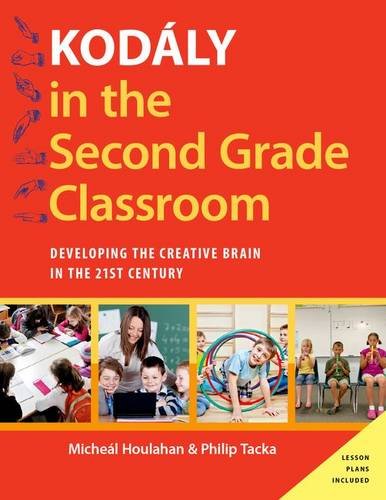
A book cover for KodÃ¡ly in the Second Grade Classroom: Developing the Creative Brain in the 21st Century (Kodaly Today Handbook Series); Micheal Houlahan; Christian Books & Bibles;